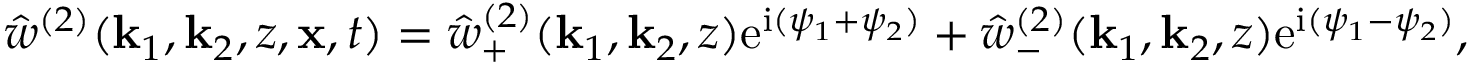
\hat { w } ^ { ( 2 ) } ( \mathbf { k } _ { 1 } , \mathbf { k } _ { 2 } , z , \mathbf { x } , t ) = \hat { w } _ { + } ^ { ( 2 ) } ( \mathbf { k } _ { 1 } , \mathbf { k } _ { 2 } , z ) \mathrm { e } ^ { \mathrm { i } ( \psi _ { 1 } + \psi _ { 2 } ) } + \hat { w } _ { - } ^ { ( 2 ) } ( \mathbf { k } _ { 1 } , \mathbf { k } _ { 2 } , z ) \mathrm { e } ^ { \mathrm { i } ( \psi _ { 1 } - \psi _ { 2 } ) } ,